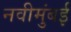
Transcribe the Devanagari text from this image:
नवीमुंबई